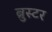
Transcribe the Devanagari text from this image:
ब्रुस्टर